Indian journal of veterinary science and animal husbandry - Volumes 18-21, 1948-1951
Year: 1948
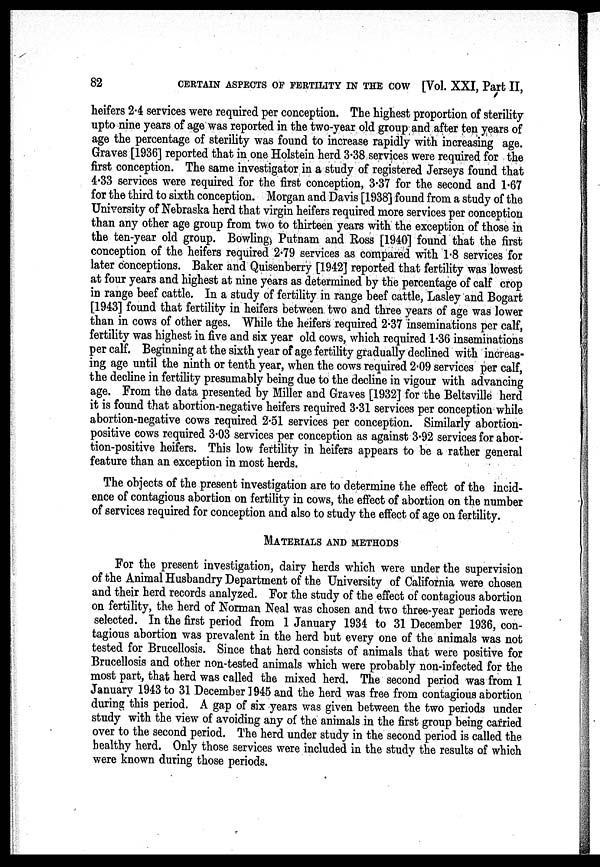
82
CERTAIN ASPECTS OF FERTILITY IN THE COW [Vol. XXI, Part II,
heifers 2.4 services were required per conception. The highest proportion of sterility
upto nine years of age was reported in the two-year old group and after ten years of
age the percentage of sterility was found to increase rapidly with increasing age.
Graves [1936] reported that in one Holstein herd 3.38 services were required for the
first conception. The same investigator in a study of registered Jerseys found that
4.33 services were required for the first conception, 3.37 for the second and 1.67
for the third to sixth conception. Morgan and Davis [1938] found from a study of the
University of Nebraska herd that virgin heifers required more services per conception
than any other age group from two to thirteen years with the exception of those in
the ten-year old group. Bowling, Putnam and Ross [1940] found that the first
conception of the heifers required 2.79 services as compared with 1.8 services for
later conceptions. Baker and Quisenberry [1942] reported that fertility was lowest
at four years and highest at nine years as determined by the percentage of calf crop
in range beef cattle. In a study of fertility in range beef cattle, Lasley and Bogart
[1943] found that fertility in heifers between two and three years of age was lower
than in cows of other ages. While the heifers required 2.37 inseminations per calf,
fertility was highest in five and six year old cows, which required 1.36 inseminations
per calf. Beginning at the sixth year of age fertility gradually declined with increas-
ing age until the ninth or tenth year, when the cows required 2.09 services per calf,
the decline in fertility presumably being due to the decline in vigour with advancing
age. From the data presented by Miller and Graves [1932] for the Beltsville herd
it is found that abortion-negative heifers required 3.31 services per conception while
abortion-negative cows required 2.51 services per conception. Similarly abortion-
positive cows required 3.03 services per conception as against 3.92 services for abor-
tion-positive heifers. This low fertility in heifers appears to be a rather general
feature than an exception in most herds.
The objects of the present investigation are to determine the effect of the incid-
ence of contagious abortion on fertility in cows, the effect of abortion on the number
of services required for conception and also to study the effect of age on fertility.
MATERIALS AND METHODS
For the present investigation, dairy herds which were under the supervision
of the Animal Husbandry Department of the University of California were chosen
and their herd records analyzed. For the study of the effect of contagious abortion
on fertility, the herd of Norman Neal was chosen and two three-year periods were
selected. In the first period from 1 January 1934 to 31 December 1936, con-
tagious abortion was prevalent in the herd but every one of the animals was not
tested for Brucellosis. Since that herd consists of animals that were positive for
Brucellosis and other non-tested animals which were probably non-infected for the
most part, that herd was called the mixed herd. The second period was from 1
January 1943 to 31 December 1945 and the herd was free from contagious abortion
during this period. A gap of six years was given between the two periods under
study with the view of avoiding any of the animals in the first group being carried
over to the second period. The herd under study in the second period is called the
healthy herd. Only those services were included in the study the results of which
were known during those periods.